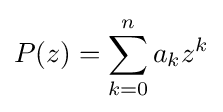
P(z)=\sum _{k=0}^{n}a_{k}z^{k}